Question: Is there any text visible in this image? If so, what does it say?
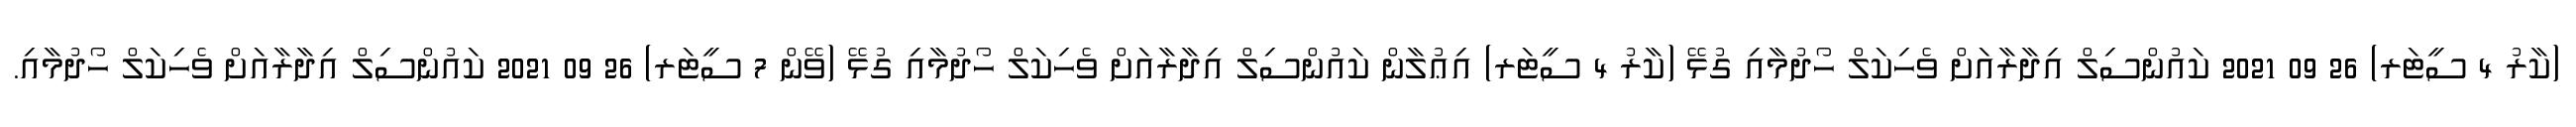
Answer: (ކާރު 4 ސީޓަރ) 26 09 2021 ކައުންސިލް އިދާރާއަށް ވެހިކަލް ހޯދުމާއި ގުޅޭ (ކާރު 4 ސީޓަރ) އިޢުލާން ކައުންސިލް އިދާރާއަށް ވެހިކަލް ހޯދުމާއި ގުޅޭ (ވޭން 7 ސީޓަރ) 26 09 2021 ކައުންސިލް އިދާރާއަށް ވެހިކަލް ހޯދުމާއި.